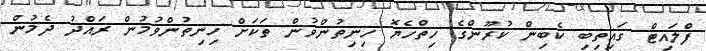
ފްލައިޓް ގައިިތިބި ކެބިން ކުރޫންގެ ހިތްހެޔޮ ހިނިތުންވުން ތަކަށް ހިނިތުންވުމުން ރައްދު ދެމުން